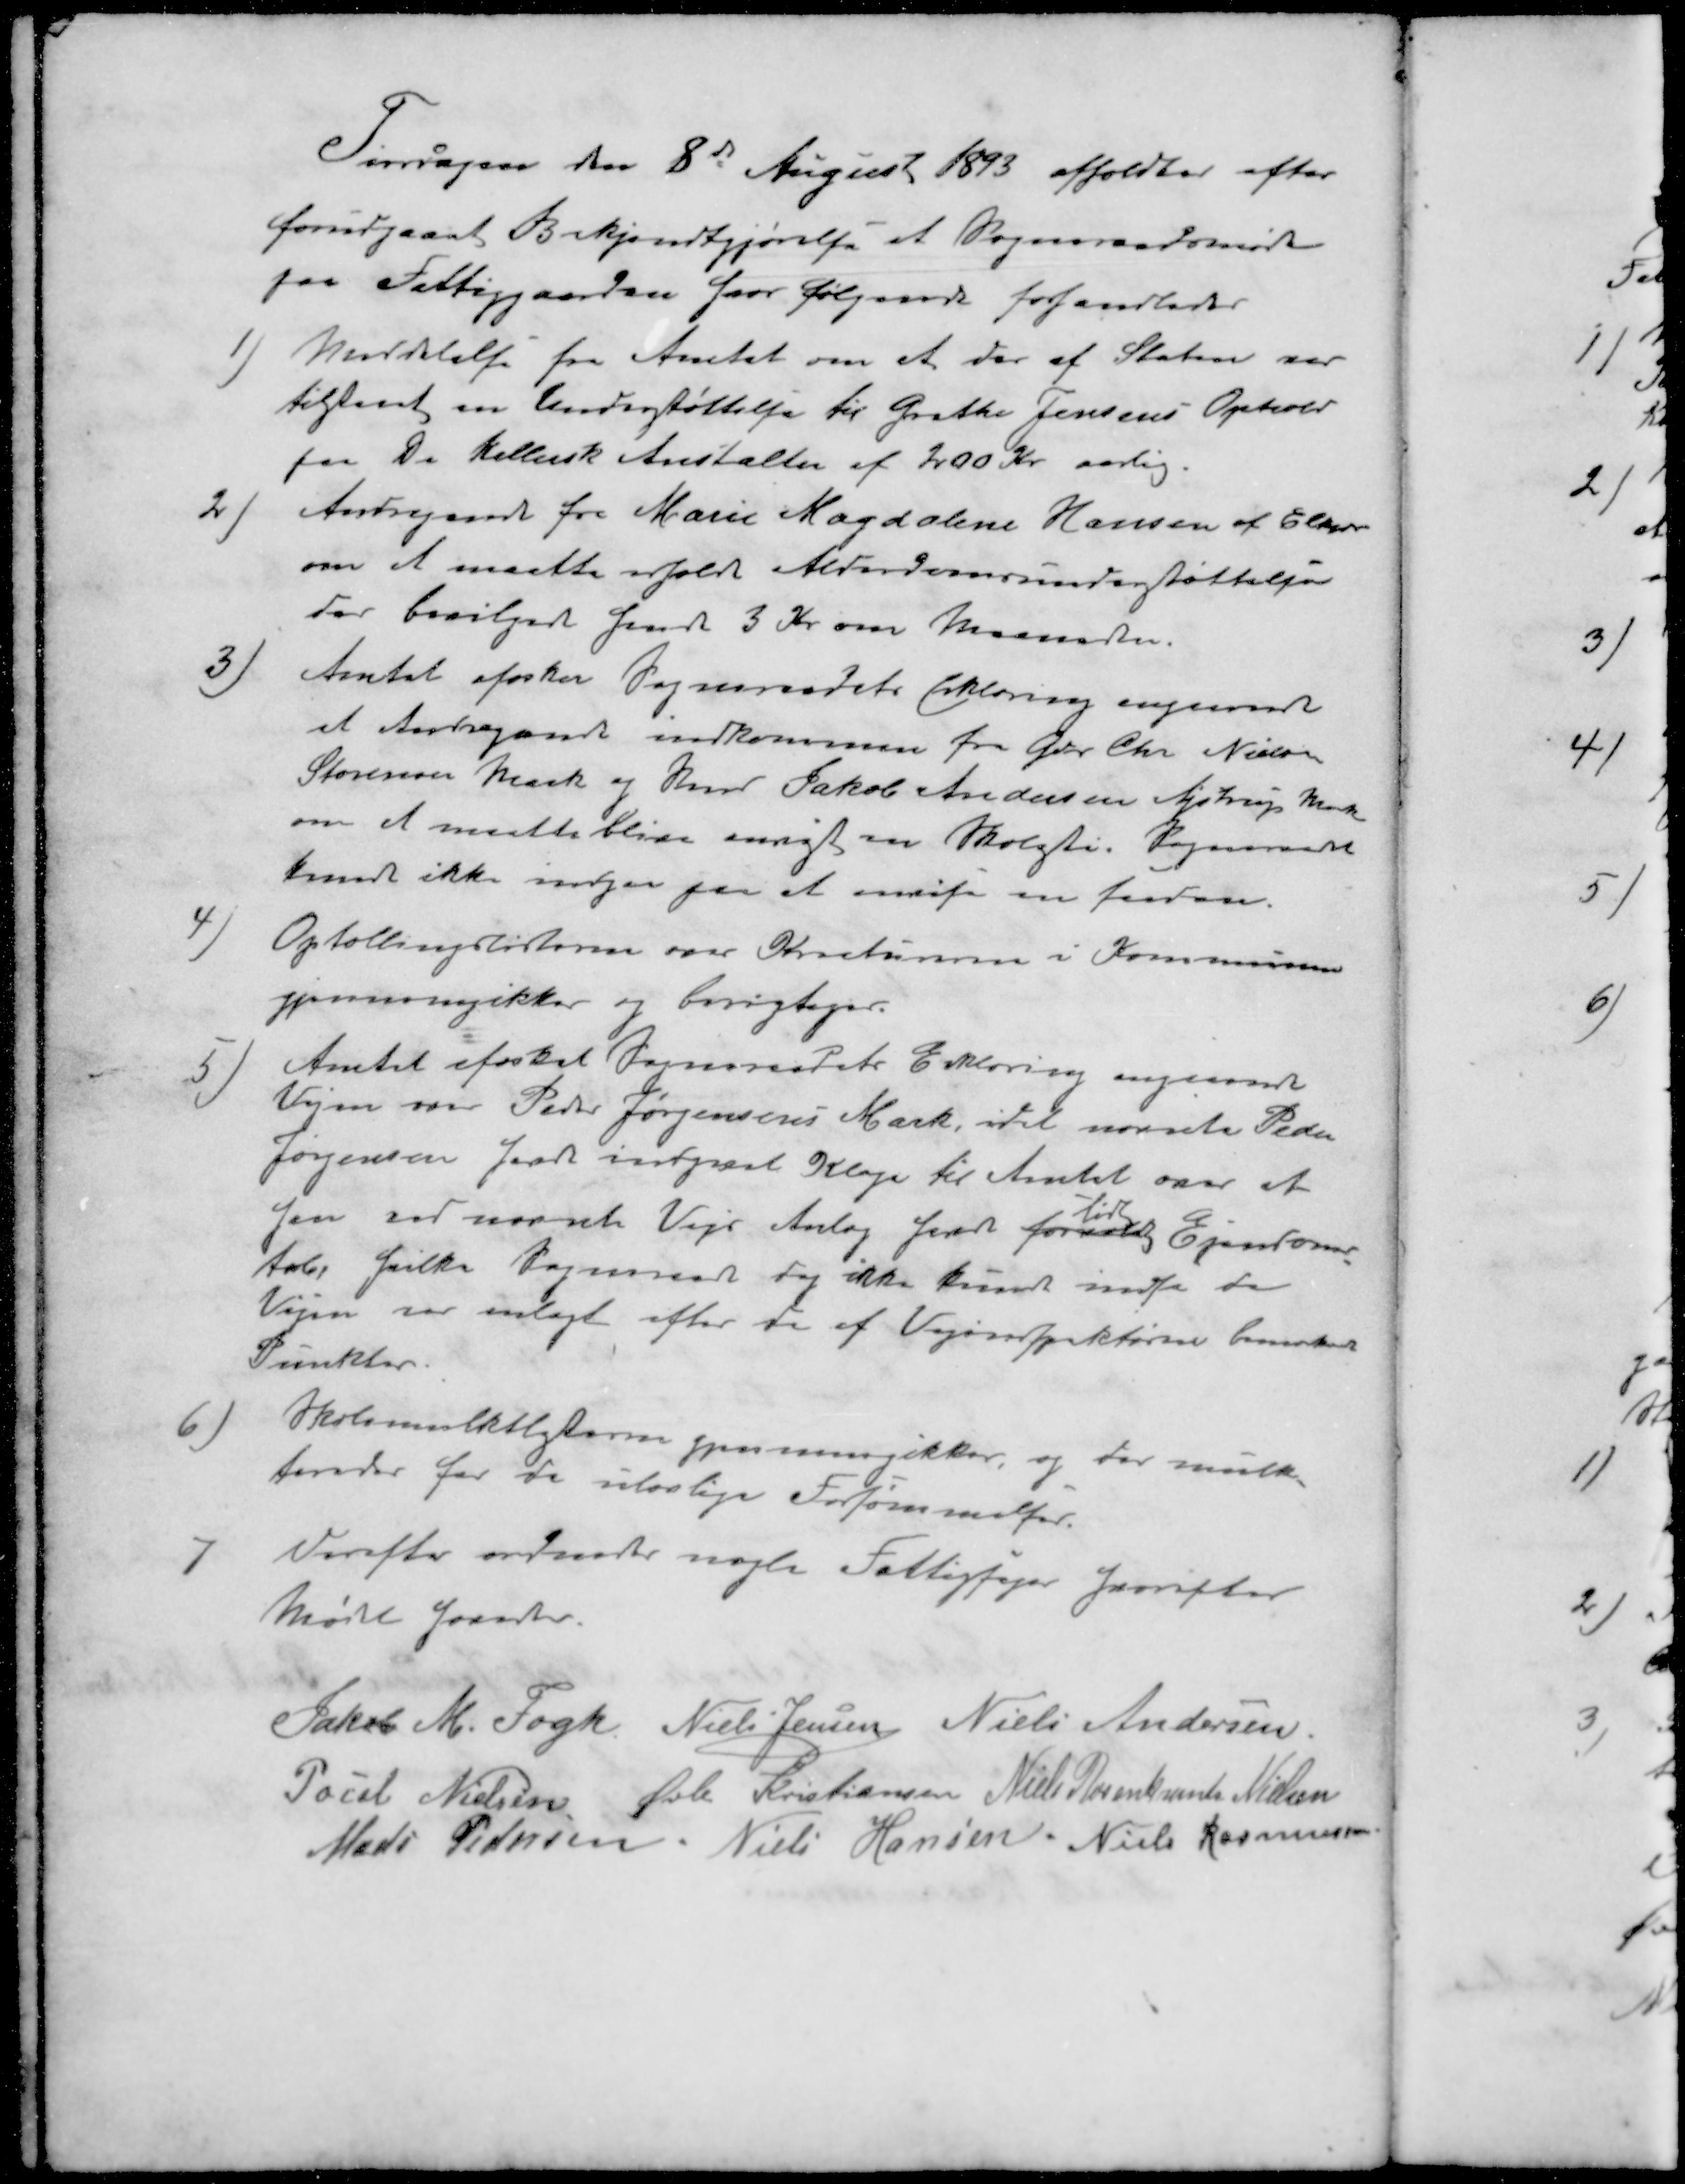
Transskription:
Tirsdagen den 8de August 1893 afholdtes efter
forudgaaet Bekjendtgjørelse et Sogneraadsmøde
paa Fattiggaarden hvor følgende forhandledes
1) Meddelelse fra Amtet om at der af Staten var
tilstaaet en Understøttelse til Grethe Jensens Ophold
paa De Kellersk Anstalter af 200 Kr aarlig.
2 ) Andragende fra Marie Magdalene Hansen af Elkær
om at maatte erholde Alderdomsunderstøttelse
Der bevilgede hende 3 Kr om Maaneden.
3 ) Amtet ønsker Sogneraadets Erklæring angaaende
et Andragende indkommen fra Gdr Chr Nielsen
Storenor Mark og Hmd Jakob Andersen Ajstrup Mark
om et måtte blive anlagt en Skoleti. Sogneraadet
kunde ikke indgaa paa at   
4 ) Optællingslisterne over Kreaturerne i Kommunen
gjennemgikkes og berigtiges.
5 ) Amtet afæsket Sogneraadets Erklæring angaaende
Vejen over Peder Jørgensens Mark, idet nævnte Peder
Jørgensen har indgivet Klage til Amtet over at 
han ved nævnte Vejs Anlæg har lidt Ejendoms-
tab, hvilke Sogneraadet dog ikke kunde indse da
Vejen var anlagt efter de af Vejinspektørne bemærkede
Punkter.
6 )Skolemulktlisterne gennemgikkes, og for mulk-
teredes for de ulovlige Forsømmelser.
7 Derefter ordnedes nogle Fattigsager hvorefter
Mødet hævet
Jakob M. Fogh
Niels Jensen
Niels Andersen
Poul Nielsen
Øvli Kristiansen
Niels Rosenkrants Nielsen
Mads Pedersen
Niels Hansen
Niels Rasmussen